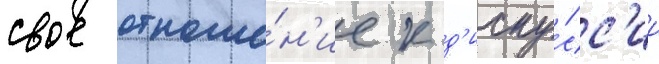
свое отноше́н'ие к д'иску́сс'ии